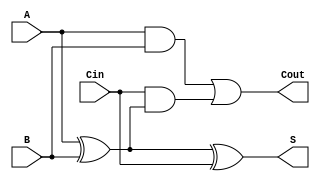
module low_power_full_adder (
    input wire A,      // First input bit
    input wire B,      // Second input bit
    input wire Cin,    // Carry-in bit
    output wire S,     // Sum output
    output wire Cout    // Carry-out output
);

// Intermediate signals for optimization
wire A_and_B;
wire A_xor_B;

// Compute A XOR B
assign A_xor_B = A ^ B;

// Compute Sum (S)
assign S = A_xor_B ^ Cin;

// Compute Carry-Out (Cout)
assign A_and_B = A & B;
assign Cout = A_and_B | (Cin & A_xor_B);

endmodule